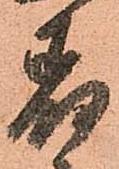
着